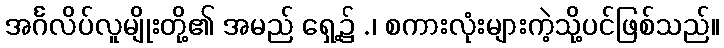
အင်္ဂလိပ်လူမျိုးတို့၏ အမည် ရှေ့၌ .၊ စကားလုံးများကဲ့သို့ပင်ဖြစ်သည်။